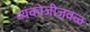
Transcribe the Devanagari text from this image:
व्यंकोजीजवळ